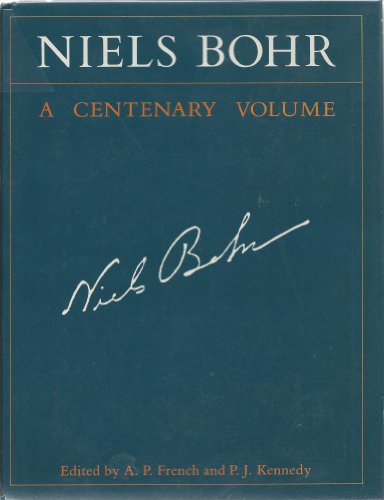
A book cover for Niels Bohr: A Centenary Volume; Biographies & Memoirs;